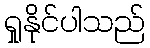
ရှုနိုင်ပါသည်